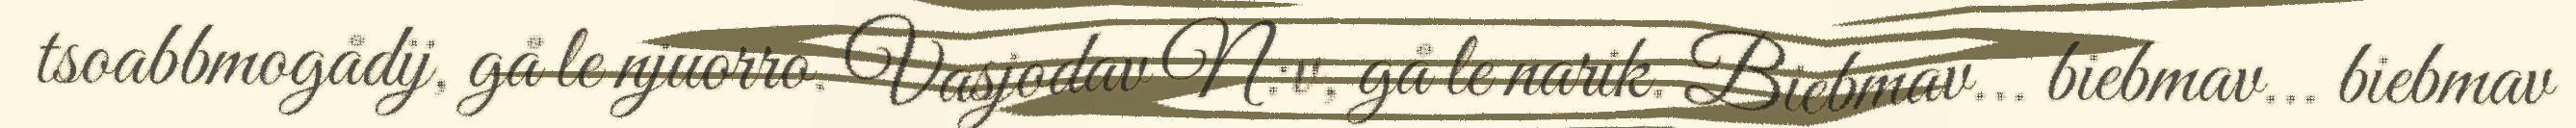
tsoabbmogådij, gå le njuorro. Vasjodav N:v, gå le narik. Biebmav... biebmav... biebmav